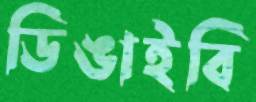
ডিঙাইবি